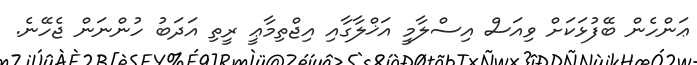
ޢަންހެން ބޭފުޅަކަށް ވިއަސް އިސްލާމީ އަޚްލާގާއި އިޖްތިމާޢީ ރީތި އަަދަބު ހުންނަން ޖެހޭނެ.